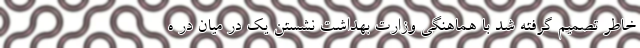
خاطر تصمیم گرفته شد با هماهنگی وزارت بهداشت نشستن یک در میان در ه